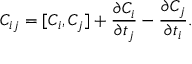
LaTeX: C _ { i j } = [ C _ { i } , C _ { j } ] + \frac { \partial C _ { i } } { \partial t _ { j } } - \frac { \partial C _ { j } } { \partial t _ { i } } .